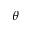
\theta